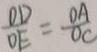
\frac { O D } { O E } = \frac { O A } { O C }